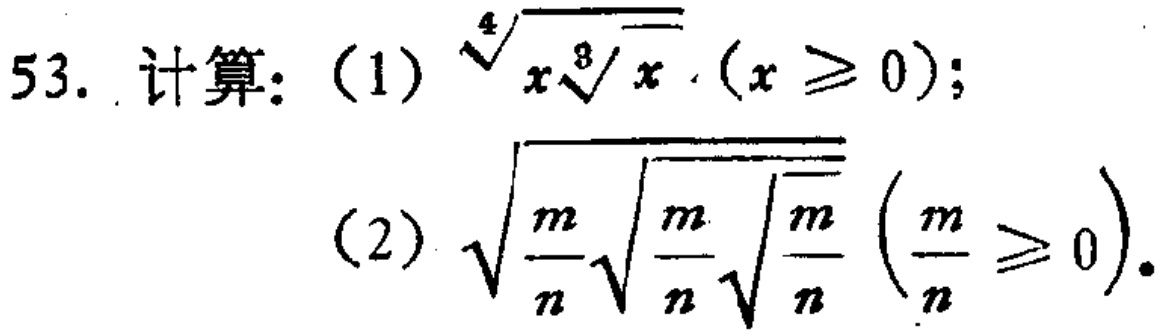
\[
\begin{align*}
&53.\ 计算：(1)\ \sqrt[4]{x\sqrt[8]{x}}\ (x\geq0);\\
&(2)\ \sqrt{\frac{m}{n}\sqrt{\frac{m}{n}\sqrt{\frac{m}{n}}}}\ (\frac{m}{n}\geq0).
\end{align*}
\]